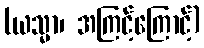
(ယသ္မာ၊ အကြင့်ကြောင့်)